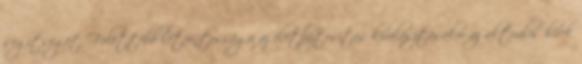
segítséget. Felettébb létfontosságú az életbiztosítás kiválasztásakor az aktuális hírek